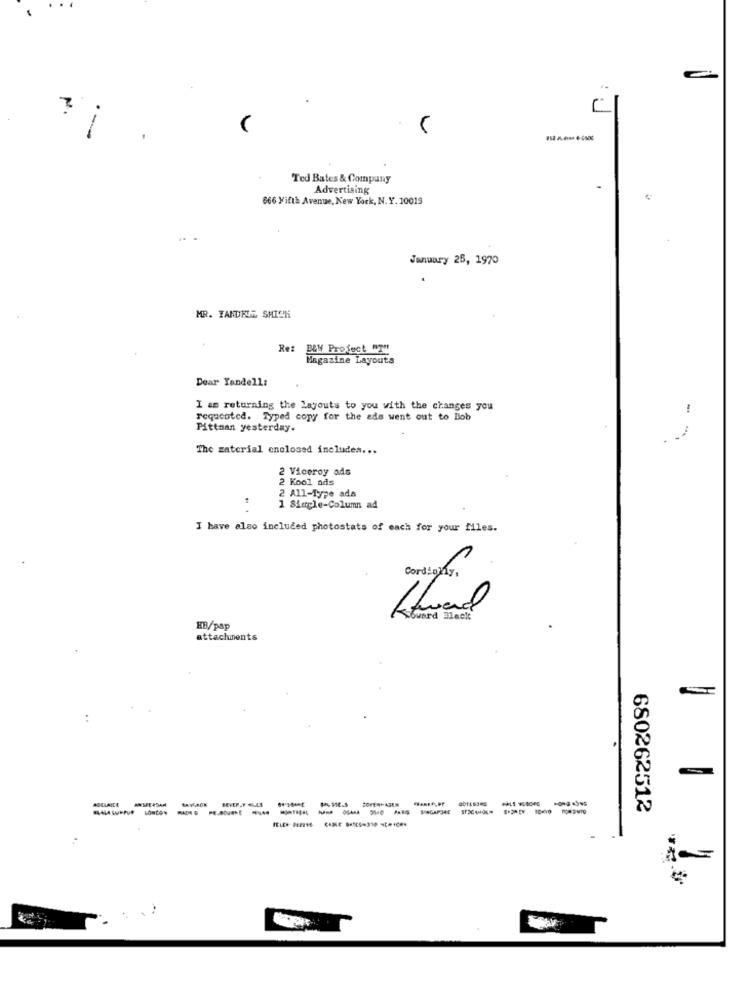
Ted Bates & Company
Advertising
666 Fifth Avenue, New York, N. Y. 10019
January 28, 1970
MR. TANDRUG SHICH
Ret
B&W Project "T"!
Magazine Layouts
Dear Tandell:
I am returning the Layouts to you with the changes you
-
requcoted. Typed copy for the ads went out to Bob
Pittman yesterday.
The material enclosed includes ...
2 Viceroy ads
2 Kool ads
2 All-Type ada
1 Simple-Column ad
I have also included photostats of each for your files.
buard Mack
HB/pap
attachments
AQULAICE
----------
BEVERLY HILLS
680262512